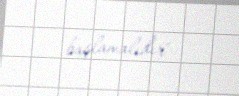
başlamalıdır".